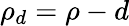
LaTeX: \rho_{d}=\rho-d